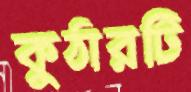
কুঠারটি